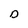
Character: D